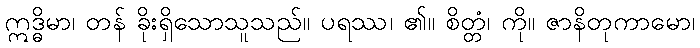
ဣဒ္ဓိမာ၊ တန် ခိုးရှိသောသူသည်။ ပရဿ၊ ၏။ စိတ္တံ၊ ကို။ ဇာနိတုကာမော၊